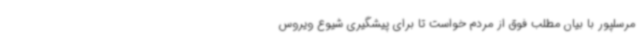
مرسلپور با بیان مطلب فوق از مردم خواست تا برای پیشگیری شیوع ویروس